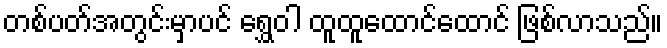
တစ်ပတ်အတွင်းမှာပင် ရွှေဝါ ထူထူထောင်ထောင် ဖြစ်လာသည်။